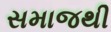
સમાજથી